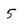
Character: 5